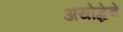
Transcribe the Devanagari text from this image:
अयोद्धेचे